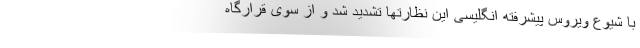
با شیوع ویروس پیشرفته انگلیسی این نظارتها تشدید شد و از سوی قرارگاه